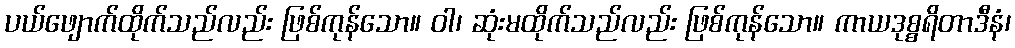
ပယ်ဖျောက်ထိုက်သည်လည်း ဖြစ်ကုန်သော။ ဝါ၊ ဆုံးမထိုက်သည်လည်း ဖြစ်ကုန်သော။ ကာယဒုစ္စရိတာဒီနံ၊